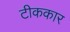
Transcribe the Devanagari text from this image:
टीककार